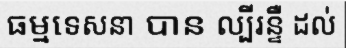
ធម្មទេសនា បាន ល្បីរន្ទឺ ដល់